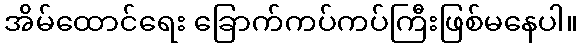
အိမ်ထောင်ရေး ခြောက်ကပ်ကပ်ကြီးဖြစ်မနေပါ။